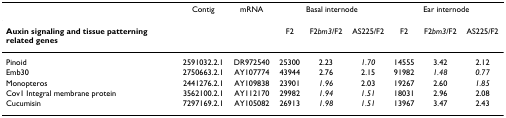
|  | Contig | mRNA | <COLSPAN=3> Basal internode | <COLSPAN=3> Ear internode |
 | --- | --- | --- | --- | --- | --- | --- | --- | --- |
 | Auxin signaling and tissue patterning related genes |  |  | F2 | F2bm3/F2 | AS225/F2 | F2 | F2bm3/F2 | AS225/F2 |
 | Pinoid | 2591032.2.1 | DR972540 | 25300 | 2.23 | 1.70 | 14555 | 3.42 | 2.12 |
 | Emb30 | 2750663.2.1 | AY107774 | 43944 | 2.76 | 2.15 | 91982 | 1.48 | 0.77 |
 | Monopteros | 2441276.2.1 | AY109838 | 23901 | 1.96 | 2.03 | 19267 | 2.60 | 1.85 |
 | Cov1 Integral membrane protein | 3562100.2.1 | AY112170 | 29982 | 1.94 | 1.51 | 18031 | 2.96 | 2.08 |
 | Cucumisin | 7297169.2.1 | AY105082 | 26913 | 1.98 | 1.51 | 13967 | 3.47 | 2.43 |